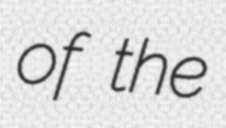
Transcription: of the